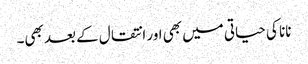
نانا کی حیاتی میں بھی اور انتقال کے بعد بھی۔